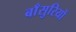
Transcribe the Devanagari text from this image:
बाँसुरियों